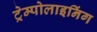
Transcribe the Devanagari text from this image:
ट्रेम्पोलाइनिंग